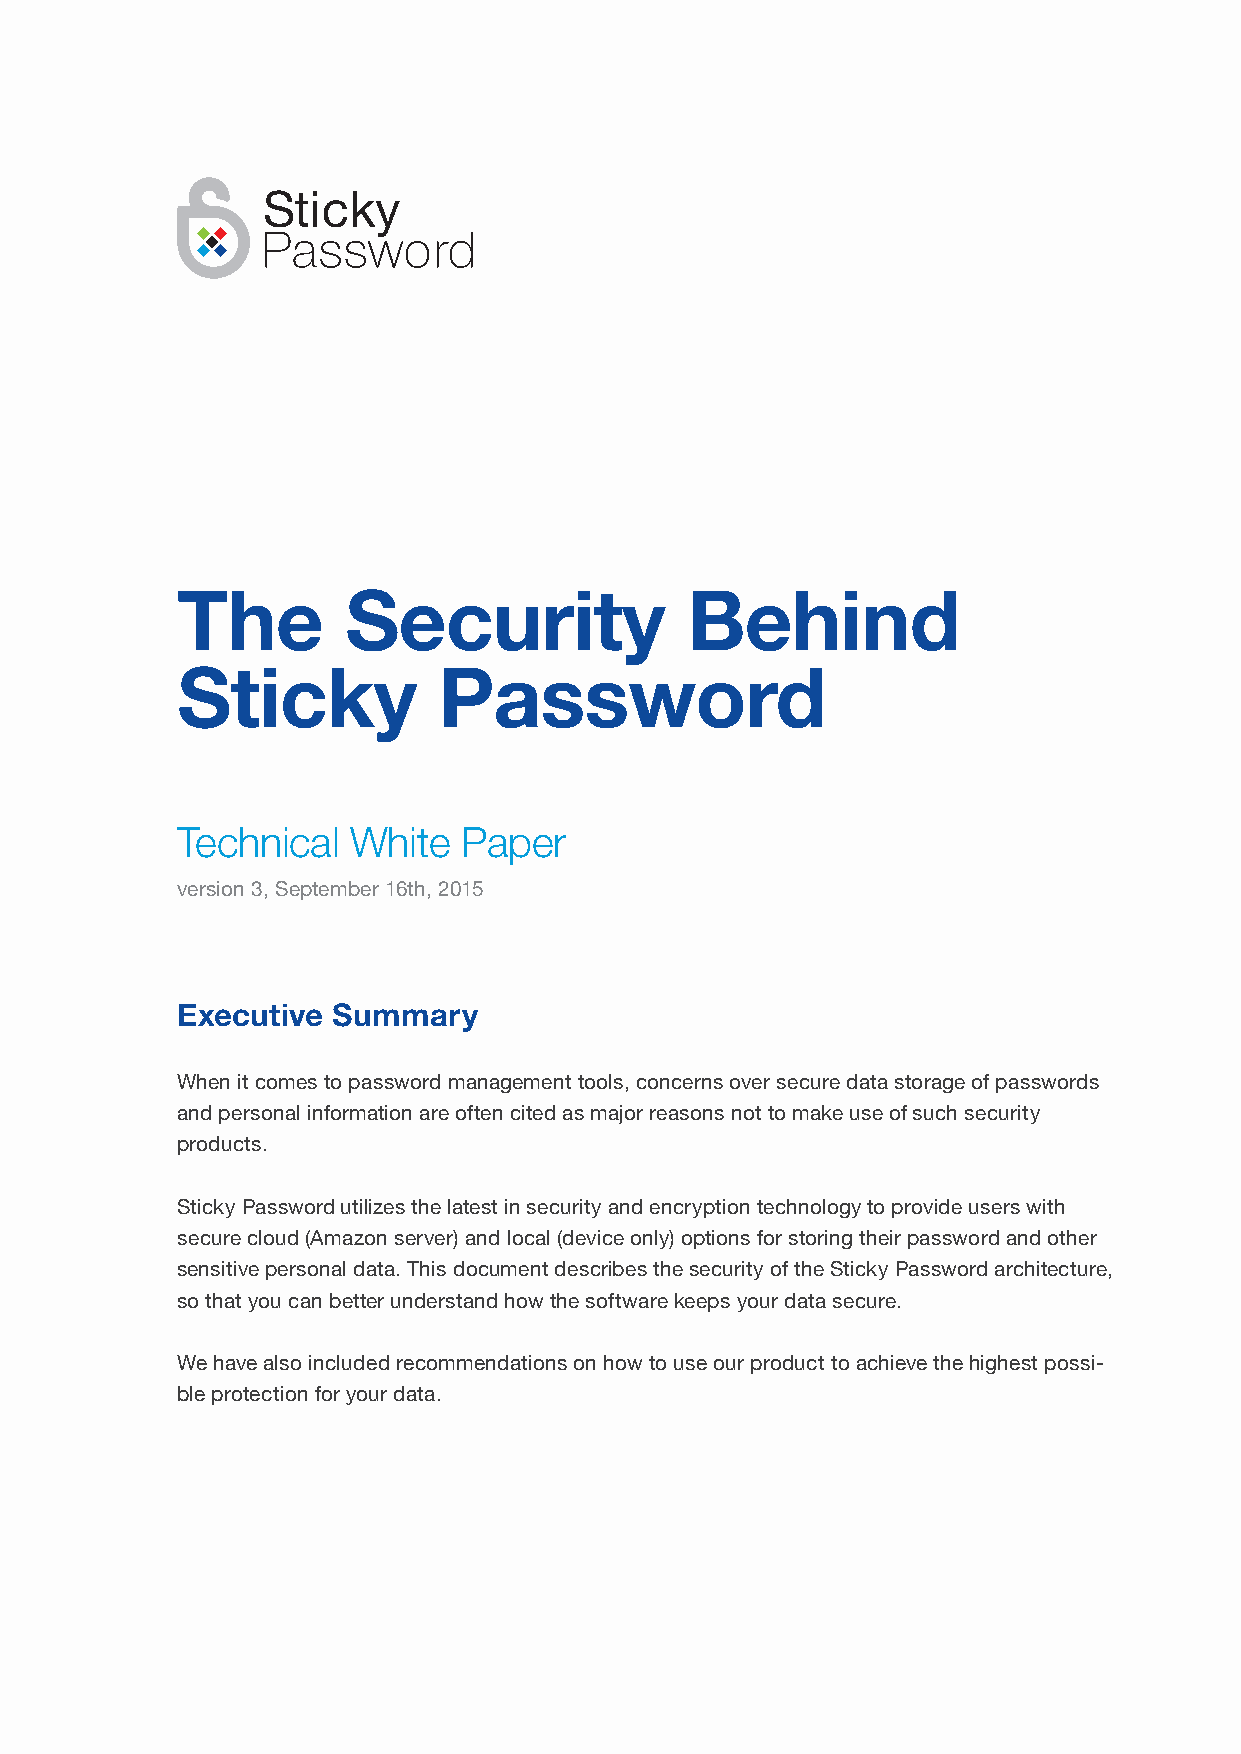
The        Security              Behind
 Sticky           Password
 Technical  White   Paper
 version 3, September 16th, 2015
 Executive Summary
 When it comes to password management tools, concerns over secure data storage of passwords
 and personal information are often cited as major reasons not to make use of such security
 products.
 Sticky Password utilizes the latest in security and encryption technology to provide users with
 secure cloud (Amazon server) and local (device only) options for storing their password and other
 sensitive personal data. This document describes the security of the Sticky Password architecture,
 so that you can better understand how the software keeps your data secure.
 We have also included recommendations on how to use our product to achieve the highest possi-
 ble protection for your data.